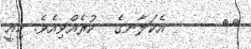
٤١      އެކަލާނގެ  ކުރެއްވިއެވެ. މިއީ